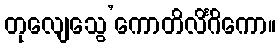
တုလျေသွေ’ကောတိလိင်္ဂိကော။